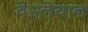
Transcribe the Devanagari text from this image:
वेस्लेयान